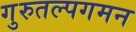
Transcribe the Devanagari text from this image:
गुरुतल्पगमन